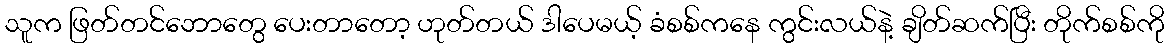
သူက ဖြတ်တင်ဘောတွေ ပေးတာတော့ ဟုတ်တယ် ဒါပေမယ့် ခံစစ်ကနေ ကွင်းလယ်နဲ့ ချိတ်ဆက်ပြီး တိုက်စစ်ကို